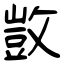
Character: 敳